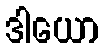
ဒါယော